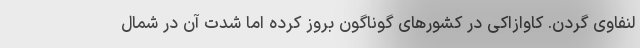
لنفاوی گردن. کاوازاکی در کشورهای گوناگون بروز کرده اما شدت آن در شمال